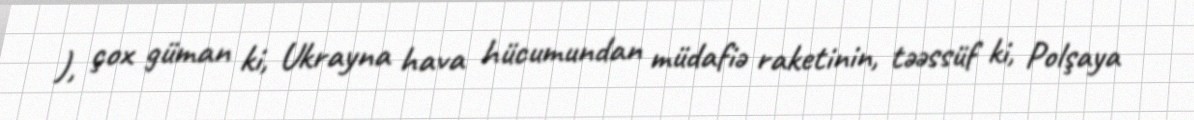
), çox güman ki, Ukrayna hava hücumundan müdafiə raketinin, təəssüf ki, Polşaya